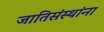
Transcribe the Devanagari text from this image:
जातिसंस्थांना